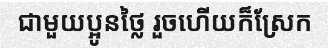
ជាមួយប្អូនថ្លៃ រួចហើយក៏ស្រែក